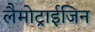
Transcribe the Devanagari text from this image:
लैमोट्राईजिन